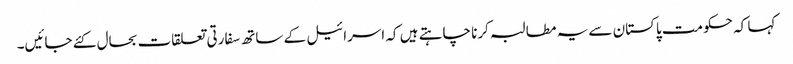
کہا کہ حکومت پاکستان سے یہ مطالبہ کرنا چاہتے ہیں کہ اسرائیل کے ساتھ سفارتی تعلقات بحال کئے جائیں۔